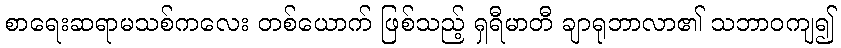
စာရေးဆရာမသစ်ကလေး တစ်ယောက် ဖြစ်သည့် ရှရီမာတီ ချာရုဘာလာ၏ သဘာဝကျ၍